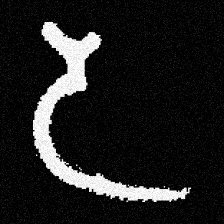
Pyu character \u2014 Myanmar letter: ဒ (romanized: da)